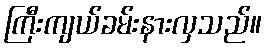
ကြီးကျယ်ခမ်းနားလှသည်။